Report on the lunatic asylums under the Government of Bombay - 1904-1913
Year: 1904
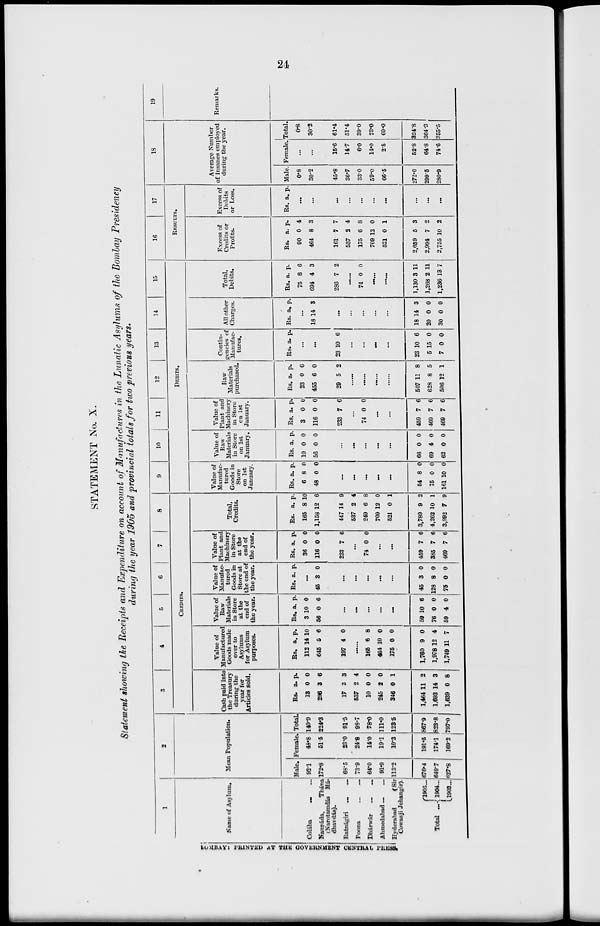
24
STATEMENT No. X.
Statement showing the Receipts and Expenditure on account of Manufactures in the Lunatic Asylums of the Bombay Presidency
during the year 1905 and provincial totals for two previous years.
1
BOMBAY : PRINTED AT THE GOVERNMENT CENTRAL PRESS.
Name of Asylum.
Colába ... ...
Naupáda,
Thána
(Narotamdás Má-
dhavdás).
Ratnágiri
...
...
Poona
...
...
Dhárwár
...
...
Ahmedabad ... ...
Hyderabad
(Sir
Cowasji Jehangir).
Total
...
1905 ...
1904 ...
1903 ...
2
Mean Population.
Male.
92.1
172.8
68.5
73.9
64.0
91.9
113.2
676.4
649.7
627.8
Female.
48.8
51.5
23.0
24.8
14.0
19.1
10.3
191.5
174.1
169.2
Total.
140.9
224.3
91.5
98.7
78.0
111.0
123.5
867.9
823.8
797.0
3
4
5
6
7
8
CREDITS.
Cash paid into
the Treasury
during the
year for
Articles sold.
Rs.
13
296
17
537
10
245
346
1,464
1,693
1,639
a.
0
3
3
2
0
2
0
11
14
0
p.
0
6
3
4
0
0
1
2
3
8
Value of
Manufacturer
Goods made
over to
Asylums
for Asylum
purposes.
Rs
112
645
197
a.
14
5
4
p.
10
6
0
......
165
464
175
1,760
1,978
1,749
6
10
0
9
12
11
8
0
0
0
4
7
Value of
Raw
Materials
in Store
at the
end of
the year.
Rs
3
56
a.
10
0
p.
0
6
...
...
...
...
...
59
76
59
10
0
4
6
0
0
Value of
Manufac-
tured
Goods in
Store at
the end of
the year.
Rs a p.
...
45 3 0
...
...
...
...
...
45
128
75
3
8
0
0
0
0
Value of
Plant and
Machinery
in Store
at the
end of
the year.
Rs.
36
116
233
a.
0
0
7
p.
0
0
6
...
74 0 0
...
...
459
385
469
7
7
7
6
6
6
Total,
Credits.
Rs.
165
1,158
447
537
249
709
521
3,789
4,262
3,992
a. p.
8 10
12
14
2
6
12
0
9
10
7
6
9
4
8
0
1
2
1
9
9
10
11
12
13
14
15
DEBITS.
Value of
Manufac-
tured
Goods in
Store
on 1st
January.
Rs.
6
48
a.
8
0
p.
0
0
...
...
...
...
...
54
75
161
8
0
10
0
0
0
Value of
Raw-
Materials
in Store
on 1st
January.
Rs.
10
56
a.
0
0
p.
0
0
...
...
...
...
...
66
69
62
0
4
0
0
0
0
Value of
Plant and
Machinery
in Store
on 1st
January.
Rs.
3
116
233
a.
0
0
7
p.
0
0
6
...
74 0 0
......
......
459
469
469
7
7
7
6
6
6
Raw
Materials
purchased.
Rs.
23
455
29
a.
0
6
5
p.
6
0
2
......
...
...
507
628
506
11
8
12
8
5
1
Contin-
gencies of
Manufac-
tures.
Rs. a. p.
...
...
23 10 6
...
...
...
...
23
5
7
10
15
0
6
0
0
All other
Charges.
Rs. a. p.
...
18 14 3
...
...
...
...
...
18
20
30
14
0
0
3
0
0
Total,
Debits.
Rs.
75
694
286
a.
8
4
7
p.
6
3
2
......
74 0 0
......
......
1,130
1,268
1,236
3
2
13
11
11
7
16
17
RESULTS.
Excess of
Credits or
Profits.
Rs.
90
464
161
537
175
709
521
2,659
2,994
2,755
a.
0
8
7
2
6
12
0
5
7
10
p.
4
3
7
4
8
0
1
3
2
2
Excess of
Debits
or Loss.
Rs. a. p.
...
...
...
...
...
...
...
...
...
...
18
Average Number
of Insanes employed
during the year.
Male.
0.8
30.2
45.8
36.7
33.0
59.0
66.5
272.0
299.5
280.9
Female.
...
...
15.6
147
6.0
14.0
2.5
52.8
64.8
74.6
Total.
0.8
30.2
61.4
51.4
39.0
73.0
69.0
324.8
364.3
355.5
19
Remarks.